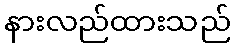
နားလည်ထားသည်